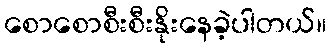
စောစောစီးစီးနိုးနေခဲ့ပါတယ်။